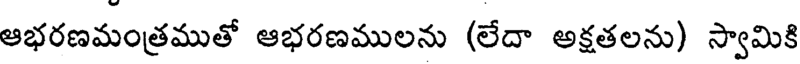
ఆభరణమంత్రముతో ఆభరణములను (లేదా అక్షతలను) స్వామికి